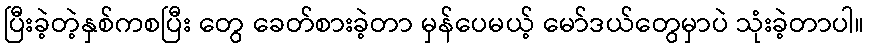
ပြီးခဲ့တဲ့နှစ်ကစပြီး တွေ ခေတ်စားခဲ့တာ မှန်ပေမယ့် မော်ဒယ်တွေမှာပဲ သုံးခဲ့တာပါ။